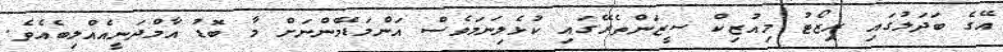
އޭގެ ބަދަލުގައި ރިޒޯޓު މިއުޒިކް ސީޒަންތެރޭގައި ކުޅެލިނަމަވެސް އަންމަޑޭމެންނަށް މާ ބޮޑު އާމްދަނީއެއްލިބެއެވެ.